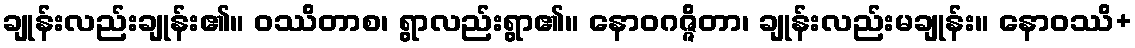
ချုန်းလည်းချုန်း၏။ ဝဿိတာစ၊ ရွာလည်းရွာ၏။ နောဝဂဇ္ဇိတာ၊ ချုန်းလည်းမချုန်း။ နောဝဿိ+